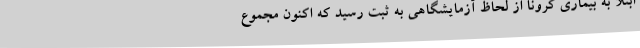
ابتلا به بیماری کرونا از لحاظ آزمایشگاهی به ثبت رسید که اکنون مجموع